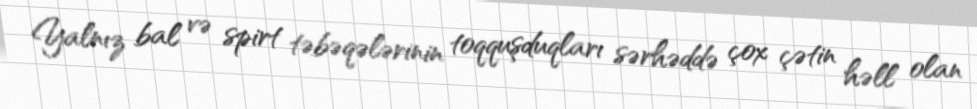
Yalnız bal və spirt təbəqələrinin toqquşduqları sərhəddə çox çətin həll olan